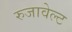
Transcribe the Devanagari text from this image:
रुजावेल्ट